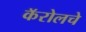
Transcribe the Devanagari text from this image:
कॅरोलचे